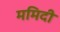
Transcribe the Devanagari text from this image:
ममिदी